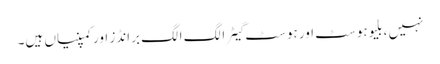
نہیں ، بلیوہوسٹ اور ہوسٹ گیٹر الگ الگ برانڈز اور کمپنیاں ہیں۔